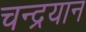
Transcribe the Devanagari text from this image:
चन्‍द्रयान